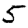
Digit: 5